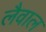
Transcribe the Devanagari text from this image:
लैवाल